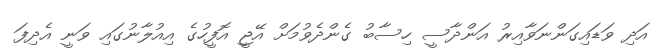
އަދި ވަޑައިގަންނަވާއިރު އަންދާސީ ހިސާބު ގެންދެވުމަށް އޭޖީ އޮފީހުގެ އިއުލާނުގައި ވަނީ އެދިފަ